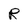
Character: R